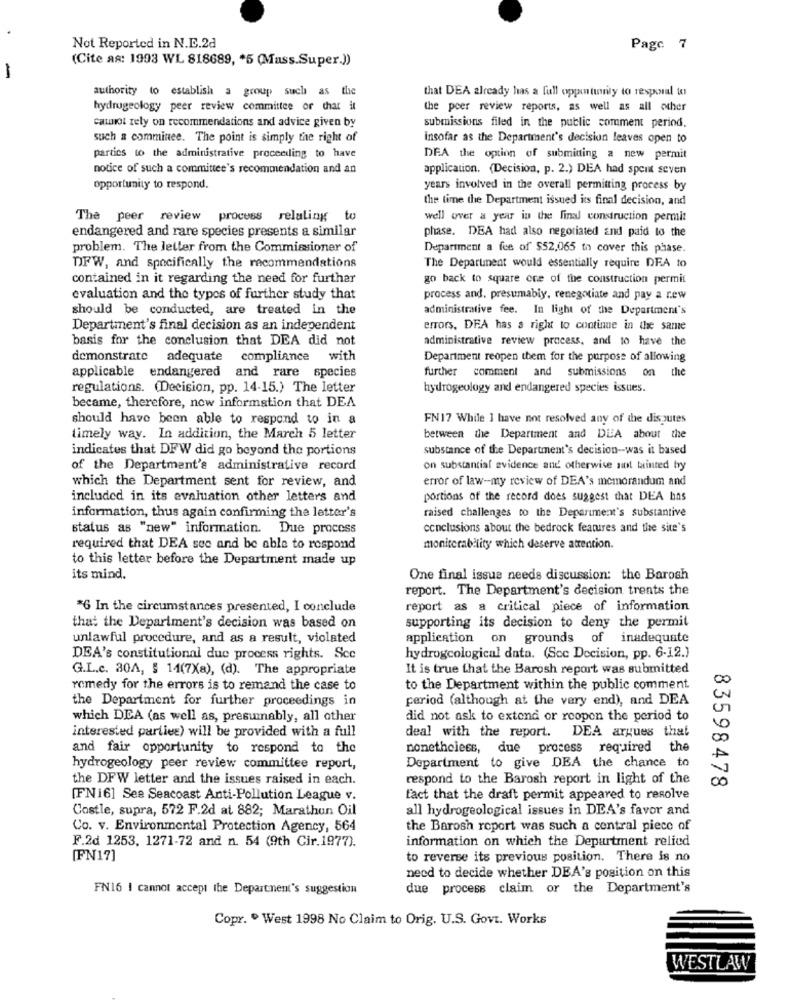
Not Reported in N.E.2d
Page. 7
(Cite as: 1993 WL 818689, * 5 (Mass.Super.))
-
authority to establish a group such as the
that DEA already has a full opportunity to respoil to
hydrogeology peer review committee or that it
the peer review reports, as well as all other
cannot rely on recommendations and advice given by
submissions filed in the public comment period.
such a comminee. The point is simply the right of
insofar as the Department's decision leaves open to
parties to the administrative proceeding to have
DEA the option of submitting a new permit
notice of such a committee's recommendation and an
application. (Decision, p. 2.) DEA had spent seven
opportunity to respond.
years involved in the overall permitting process by
the time the Department issued its final decision, and
The peer review process relating to
well over a year in the final construction permit
endangered and rare species presents a similar
phase. DEA had also negotiated and paid to the
problem. The letter from the Commissioner of
Department a fee of $52.065 to cover this phase.
DFW, and specifically the recommendations
The Department would essentially require DFA to
contained in it regarding the need for further
go back to square cce of the construction permit
evaluation and the types of further study that
process and. presumably, renegotiate and pay a rew
should be conducted, are treated in the
administrative fee. In light of the Department's
Department's final decision as an independent
errors, DFA has a right to continue in the same
basis for the conclusion that DEA did not
administrative review process, and to have the
demonstrate
adequate
compliance with
Department reopen them for the purpose of allowing
applicable endangered and rare species
further comment and submissions on the
regulations. (Decision, pp. 14-15.) The letter
hydrogeology and endangered species issues.
became, therefore, now information that DEA
should have been able to respond to in a
FN 17 While I have not resolved any of the disputes
timely way. In addition, the March 5 letter
between the Department and DLA about the
indicates that DFW did go beyond the portions
substance of the Department's decision -- was it based
of the Department's administrative record
on substantial evidence and otherwise sunt tainted by
which the Department sent for review, and
error of law-my review of DEA's memorandum and
included in its evaluation other letters and
portions of the record does suggest that DEA has
raised challenges to the Department's substantive
information, thus again confirming the letter's
status as "new" information. Due process
conclusions about the bedrock features and the site's
required that DEA sec and be able to respond
monitorability which deserve attention.
to this letter before the Department made up
its mind.
One final issue needs discussion: the Barosh
report. The Department's decision trents the
*6 In the circumstances presented, I conclude
report as a critical piece of information
supporting its decision to deny the permit
that the Department's decision was based on
unlawful procedure, and as a result, violated
application on grounds of inadequate
DEA's constitutional due process rights. Scc
hydrogcological data. (Scc Decision, pp. 6-12.)
G.L.c. 30A, § 14(7Xa), (d). The appropriate
It is true that the Barosh report was submitted
remedy for the errors is to remand the case to
to the Department within the public comment
the Department for further proceedings in
period (although at the very end), and DEA
which DEA (as well as, presumably, all other
did not ask to extend or reopen the period to
interested parties) will be provided with a full
deal with the report.
DEA argues that
and fair opportunity to respond to the
nonetheless, due process required the
Department to give DEA the chance to
hydrogeology peer review committee report,
the DFW letter and the issues raised in each.
respond to the Barosh report in light of the
83598478
[FNi6] See Seacoast Anti-Pollution League v.
fact that the draft permit appeared to resolve
Costle, supra, 572 F.2d at 882; Marathon Oil
all hydrogeological issues in DEA's favor and
Co. v. Environmental Protection Agency, 564
the Barosh report was such a central piece of
F.2d 1253, 1271-72 and n. 54 (9th Cir.1977).
information on which the Department relied
[FN17]
to reverse its previous position. There is no
need to decide whether DEA's position on this
FN16 I cannot accept the Department's suggestion
due process claim or the Department's
Copr. º West 1998 No Claim to Orig. U.S. Govt. Works
WESTLAW